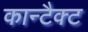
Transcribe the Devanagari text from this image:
कान्टैक्ट